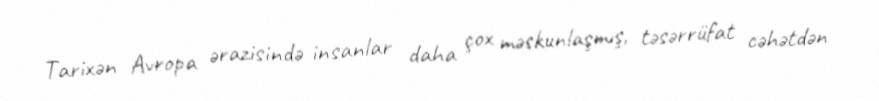
Tarixən Avropa ərazisində insanlar daha çox məskunlaşmış, təsərrüfat cəhətdən